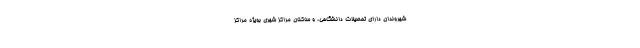
شهروندان دارای تحصیلات دانشگاهی، و ساکنان مراکز شهری بویژه مراکز